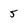
Character: 5